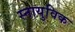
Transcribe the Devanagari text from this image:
स्नायुविक